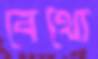
বেথো